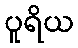
ပူရိယ